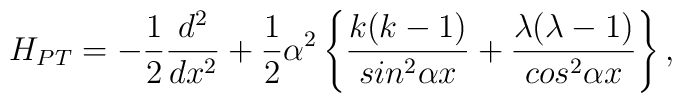
H_{PT} = -\frac{1}{2}\frac{d^2}{dx^2} + \frac{1}{2}\alpha^{2}\left\{\frac{k(k-1)}{sin^{2}\alpha{x}}+ \frac{\lambda(\lambda-1)}{cos^{2}\alpha{x}}\right\},